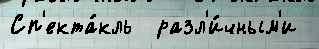
Сп'екта́кль  разл'и́чным'и